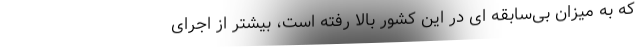
که به میزان بی‌سابقه ای در این کشور بالا رفته است، بیشتر از اجرای